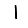
Digit: 1